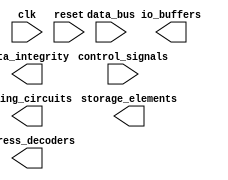
module DDR_SDRAM (
    input wire clk,
    input wire reset,
    input wire data_bus,
    input wire control_signals,
    output wire storage_elements,
    output wire address_decoders,
    output wire io_buffers,
    output wire timing_circuits,
    output wire data_integrity
);

    // Define storage elements
    reg [7:0] storage_data [0:255];

    // Define address decoders
    reg [7:0] address_decoder;

    // Define input/output buffers
    wire [7:0] io_buffer;

    // Define timing circuits
    reg [3:0] timing_count;
    always @(posedge clk) begin
        if (reset) begin
            timing_count <= 4'b0000;
        end else begin
            if (timing_count == 4'b1111) begin
                timing_count <= 4'b0000;
            end else begin
                timing_count <= timing_count + 1;
            end
        end
    end

    // Define data integrity
    reg parity_check;
    reg error_correction;

    // Insert logic for storage elements, address decoders, io buffers, timing circuits, and data integrity

endmodule